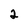
Character: 2